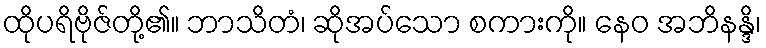
ထိုပရိဗိုဇ်တို့၏။ ဘာသိတံ၊ ဆိုအပ်သော စကားကို။ နေဝ အဘိနန္ဒိ၊